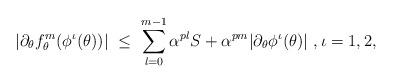
LaTeX: \begin{align*} |\partial_\theta f_\theta^m(\phi^\iota(\theta))|\ \leq\ \sum_{l=0}^{m-1}\alpha^{pl}S+\alpha^{pm}|\partial_\theta\phi^\iota(\theta)|\ ,\iota=1,2,\end{align*}